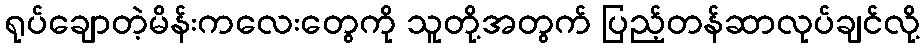
ရုပ်ချောတဲ့မိန်းကလေးတွေကို သူတို့အတွက် ပြည့်တန်ဆာလုပ်ချင်လို့